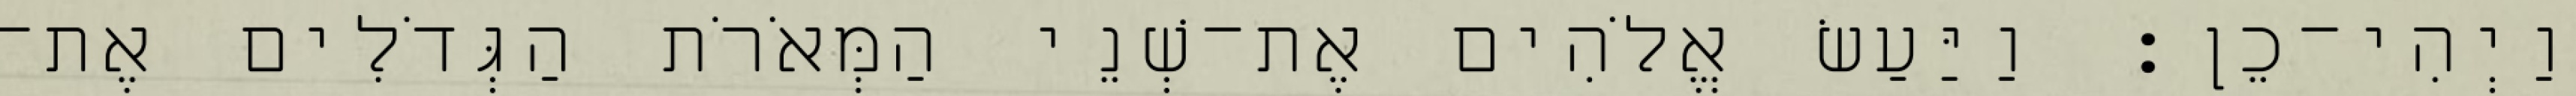
וַיְהִי־כֵן׃ וַיַּעַשׂ אֱלֹהִים אֶת־שְׁנֵי הַמְּאֹרֹת הַגְּדֹלִים אֶת־